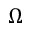
\Omega